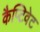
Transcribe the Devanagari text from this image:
कैप्टिवेट